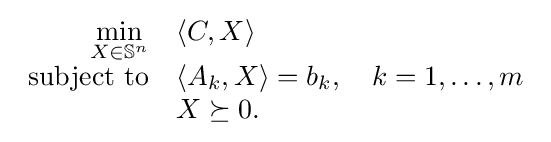
{\begin{array}{rl}{\displaystyle \min _{X\in \mathbb {S} ^{n}}}&\langle C,X\rangle \\{\text{subject to}}&\langle A_{k},X\rangle =b_{k},\quad k=1,\ldots ,m\\&X\succeq 0.\end{array}}